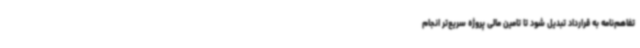
تفاهم‌نامه به قرارداد تبدیل شود تا تامین مالی پروژه سریع‌تر انجام